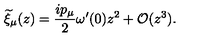
{ \widetilde \xi } _ { \mu } ( z ) = { \frac { i p _ { \mu } } { 2 } } \omega ^ { \prime } ( 0 ) z ^ { 2 } + { \cal O } ( z ^ { 3 } ) .